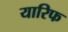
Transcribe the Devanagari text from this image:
यारिफ